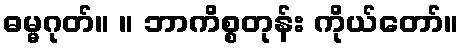
ဓမ္မဂုတ်။ ။ ဘာကိစ္စတုန်း ကိုယ်တော်။